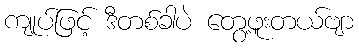
ကျုပ်ဖြင့် ဒီတစ်ခါပဲ တွေ့ဖူးတယ်ဗျာ